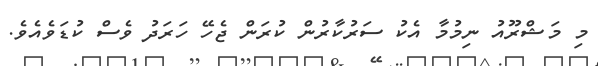
މި މަޝްރޫއު ނިމުމާ އެކު ސަރުކާރުން ކުރަން ޖެހޭ ހަރަދު ވެސް ކުޑަވެއެވެ.